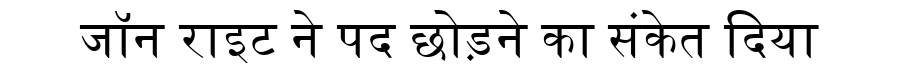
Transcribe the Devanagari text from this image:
जॉन राइट ने पद छोड़ने का संकेत दिया